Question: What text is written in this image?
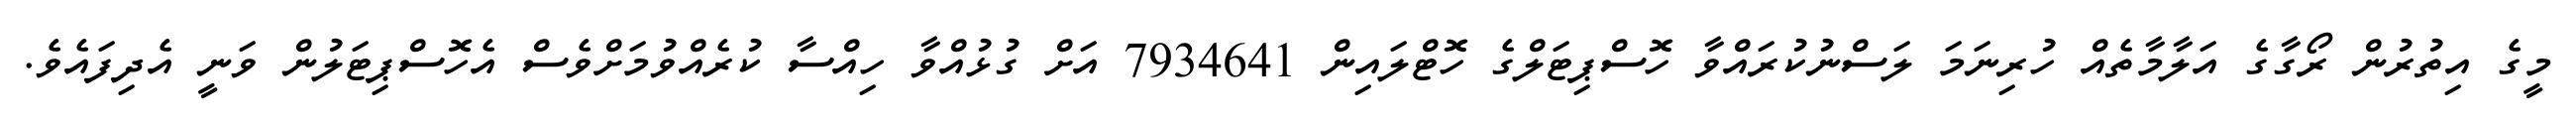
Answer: މީގެ އިތުރުން ރޯގާގެ އަލާމާތެއް ހުރިނަމަ ލަސްނުކުރައްވާ ހޮސްޕިޓަލްގެ ހޮޓްލައިން 7934641 އަށް ގުޅުއްވާ ހިއްސާ ކުރެއްވުމަށްވެސް އެހޮސްޕިޓަލުން ވަނީ އެދިފައެވެ.